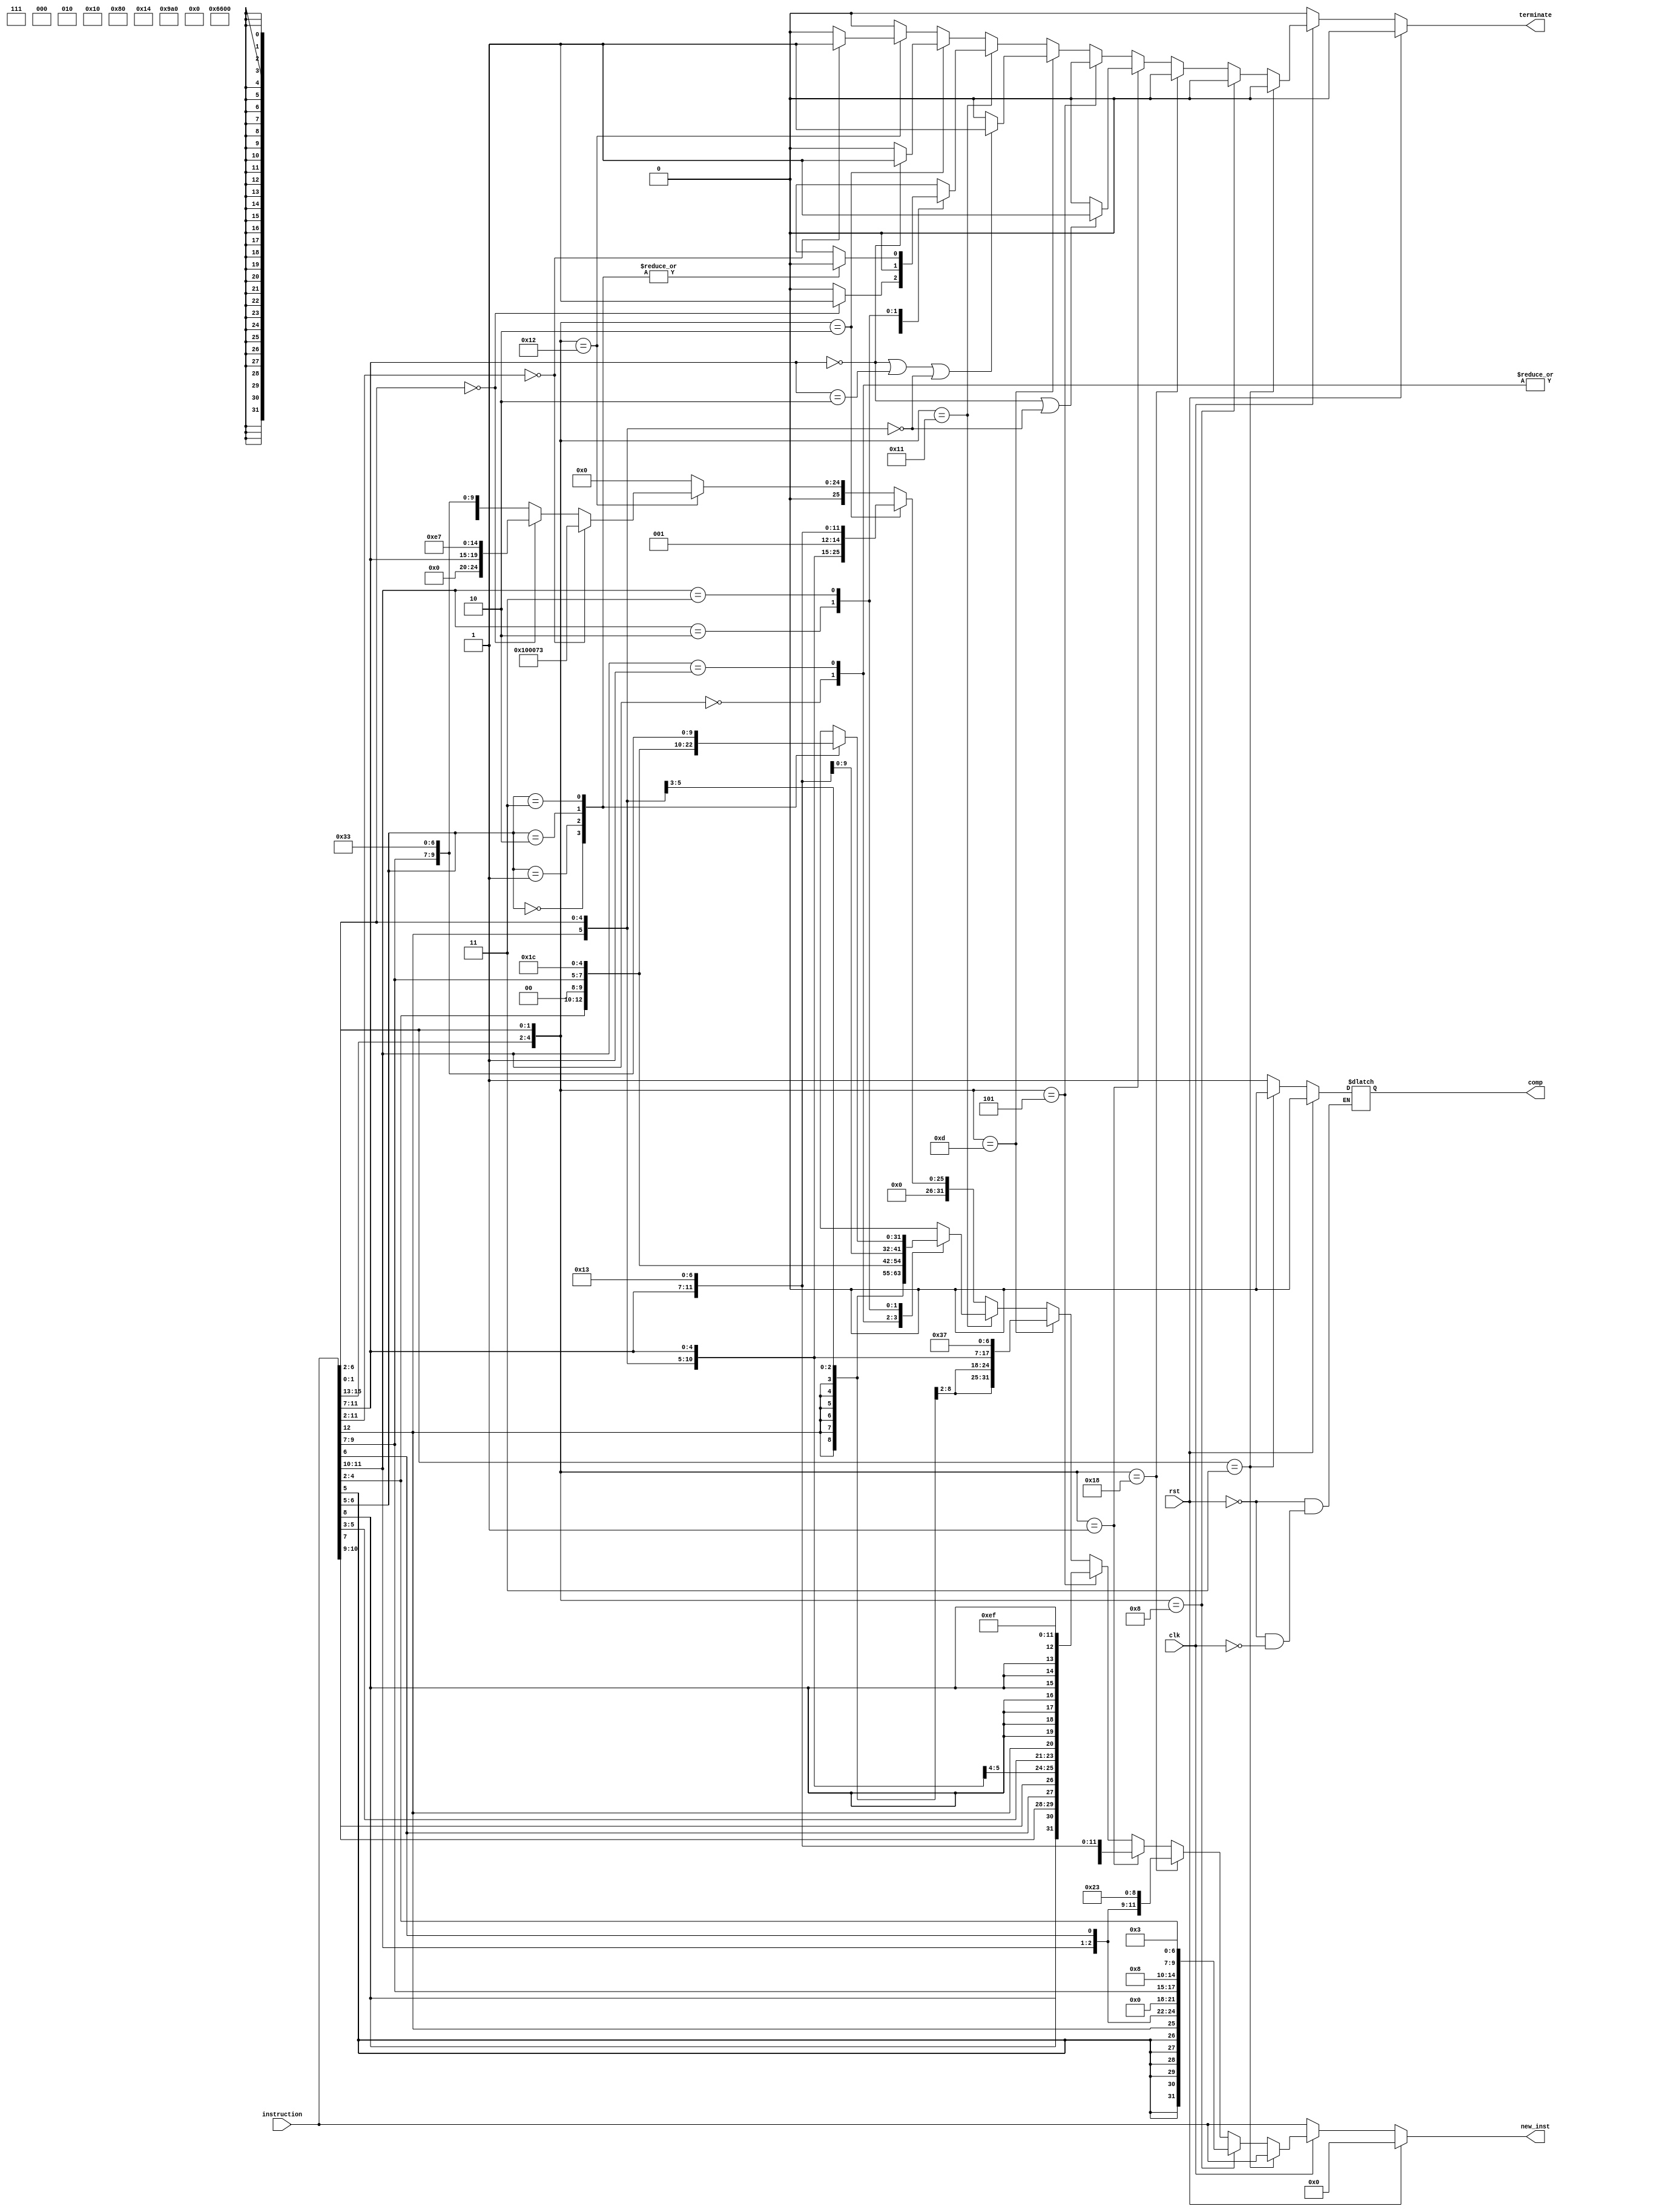
`timescale 1ns / 1ps
//////////////////////////////////////////////////////////////////////////////////
// Company: 
// Engineer: 
// 
// Design Name: 
// Module Name: Decompression_Unit
// Project Name: 
// Target Devices: 
// Tool Versions: 
// Description: 
// 
// Dependencies: 
// 
// Revision:
// Revision 0.01 - File Created
// Additional Comments:
// 
//////////////////////////////////////////////////////////////////////////////////


module Decompression_Unit(
input rst,
input clk,
input  [31:0] instruction,
output reg [31:0] new_inst,
output reg terminate,
output reg comp
);
    always@(*)
    begin
    if(rst)
        begin
        new_inst = 32'd0;
        terminate = 1'b0;
        comp = 1'b0;
        end 
            
    else if(~clk)
    begin
        new_inst = instruction;
        terminate =0;
    end
    else if(instruction[1:0] == 2'b11)
            begin
            comp =1'b0;
            new_inst = instruction;
            terminate = 1'b0;
            end
    else
    begin
        comp = 1'b1;
        if({instruction[15:13],instruction[1:0]} == 5'b01000)
            begin
            new_inst = {{5{instruction[5]}}, instruction[5], instruction[12:10], instruction[6], 2'b00, 2'b00, instruction[9:7],3'b010, 2'b00, instruction[4:2],7'b0000011};
            terminate = 1'b0;
                comp = 1'b1;
            end
            
        else if({instruction[15:13],instruction[1:0]} == 5'b11000)
            begin
            new_inst = {{5{instruction[5]}},instruction[5], instruction[12],2'b00, instruction[4:2],2'b00, instruction[9:7],3'b010, instruction[11:10],instruction[6],2'b00, 7'b0100011};
            terminate = 1'b0;
                comp = 1'b1;
            end
            
        else if({instruction[15:13],instruction[1:0]} == 5'b00001)
            begin
            new_inst = {{6{instruction[12]}},instruction[12],instruction[6:2],instruction[11:7],3'b000,instruction[11:7],7'b0010011};
                comp = 1'b1;
    
            if((instruction[11:7] == 0) || ({instruction[12],instruction[6:2]}==0))
                terminate = 1'b1;
            else
                terminate = 1'b0;
            end
            
        else if({instruction[15:13],instruction[1:0]} == 5'b00101)
            begin
            new_inst = {instruction[8],instruction[8], instruction[10:9], instruction[6], instruction[7], instruction[2], instruction[11], instruction[5:3], instruction[12],{8{instruction[8]}}, 5'b00001, 7'b1101111};
            terminate = 1'b0;
                comp = 1'b1;
            end
        
        else if({instruction[15:13],instruction[1:0]} == 5'b01101)
            begin
            new_inst = {{15{instruction[12]}}, instruction[12], instruction[6:2], instruction[11:7], 7'b0110111};
                comp = 1'b1;
    
            if((instruction[11:7] == 0) || (instruction[11:7] == 2) || ({instruction[12],instruction[6:2]}==0))
                terminate = 1'b1;
            else
                terminate = 1'b0;
            end
        else if({instruction[15:13],instruction[1:0]} == 5'b10001)
        begin
        case(instruction[11:10])
            2'b00:
                begin
                new_inst = {7'b0000000,instruction[6:2], 2'b00, instruction[9:7], 3'b101, 2'b00, instruction[9:7], 7'b0010011 };
                    comp = 1'b1;
    
                if(instruction[6:2]==0)
                    terminate = 1'b1;
                else
                    terminate = 1'b0;
                end
            2'b01:
                begin
                new_inst = {7'b0100000,instruction[6:2], 2'b00, instruction[9:7], 3'b101, 2'b00, instruction[9:7], 7'b0010011 };
                    comp = 1'b1;
    
                if(instruction[6:2]==0)
                   terminate = 1'b1;
                else
                   terminate = 1'b0;
               end
            2'b10:
               begin
                new_inst = {{6{instruction[12]}},instruction[12],instruction[6:2], 2'b00, instruction[9:7], 3'b111, 2'b00, instruction[9:7], 7'b0010011 };
                terminate = 1'b0;
                    comp = 1'b1;
    
                end
            2'b11:
                case(instruction[6:5])
                    2'b00:
                        begin
                        new_inst = {7'b0100000,2'b00, instruction[4:2], 2'b00, instruction[9:7], 3'b000, 2'b00, instruction[9:7], 7'b0110011};
                        terminate = 1'b0;
                            comp = 1'b1;
    
                        end
                    2'b01:
                        begin
                        new_inst = {7'b0000000,2'b00, instruction[4:2], 2'b00, instruction[9:7], 3'b100, 2'b00, instruction[9:7], 7'b0110011};
                        terminate = 1'b0;
                            comp = 1'b1;
    
                        end
                    2'b10:
                        begin
                        new_inst = {7'b0000000,2'b00, instruction[4:2], 2'b00, instruction[9:7], 3'b110, 2'b00, instruction[9:7], 7'b0110011};
                        terminate = 1'b0;
                            comp = 1'b1;
    
                        end     
                    2'b11:
                        begin
                        new_inst = {7'b0000000,2'b00, instruction[4:2], 2'b00, instruction[9:7], 3'b111, 2'b00, instruction[9:7], 7'b0110011};
                        terminate = 1'b0;
                            comp = 1'b1;
    
                        end  
                    default:
                        begin
                        new_inst = 32'b00000000000000000000000000000000;
                        terminate = 1'b0;
                        end 
                endcase
                
                default:
                    begin
                    new_inst = 32'b00000000000000000000000000000000;
                    terminate = 1'b0;
                    end 
            endcase
    end
    else if({instruction[15:13],instruction[1:0]} == 5'b00010)
    begin
    new_inst = {7'b0000000, instruction[12], instruction[6:2], instruction[11:7], 3'b001, instruction[11:7], 7'b0010011};
        comp = 1'b1;

    if(instruction[11:7] == 0)
        terminate = 1'b1;
    else
        terminate = 1'b0;
    end
   
    else if({instruction[15:13],instruction[1:0]} == 5'b10010)
    begin
    if(instruction[11:2] == 0)
        begin
        new_inst = 32'b00000000000100000000000001110011;
        comp = 1'b1;
        terminate = 1'b1;
        end
    else if (instruction[6:2] == 0)
        begin
        new_inst = {12'b000000000000, instruction[11:7], 3'b000, 5'b00001, 7'b1100111};
        comp = 1'b1;
        terminate = 1'b0;
        end
    else
        begin
        new_inst = {7'b0000000, instruction[6:2], instruction[11:7], 3'b111,instruction[11:7], 7'b0110011};
        comp = 1'b1;
        terminate = 1'b0;
        end
    end
    else
        begin
        new_inst = 32'b00000000000000000000000000000000;
        terminate = 1'b0;
        end 
    end
    end

endmodule